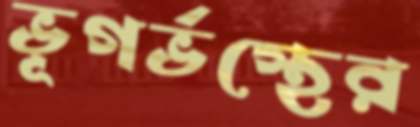
ভূগর্ভস্থের